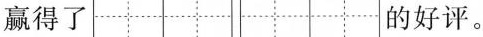
赢得了 的好评。